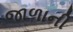
જાળાની